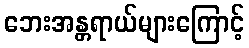
ဘေးအန္တရာယ်များကြောင့်